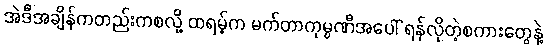
အဲဒီအချိန်ကတည်းကစလို့ ထရမ့်က မက်တာကုမ္ပဏီအပေါ် ရန်လိုတဲ့စကားတွေနဲ့